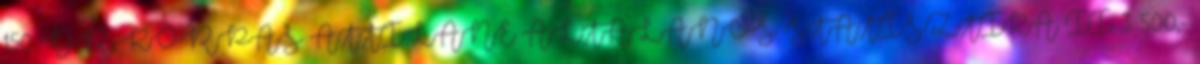
150 DR. KORPÁS ATTILÁNÉ ÁLTALÁNOS STATISZTIKA II. 3 500,-